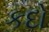
કદો